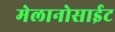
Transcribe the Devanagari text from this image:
मेलानोसाईट